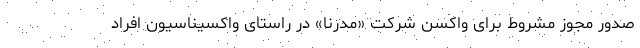
صدور مجوز مشروط برای واکسن شرکت «مدرنا» در راستای واکسیناسیون افراد